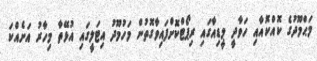
މަޙްމޫދުގެ ކޮއްކޮއާއި ހަވާދީ މީޑިއާގައި ރިޕޯޓްކޮށްފައިވާގޮތުން މަހުމޫދު އިޓަލީގައި އުޅޭތާ މިހާރު އަށެއްކަ